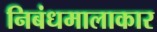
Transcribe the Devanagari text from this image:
निबंधमालाकार